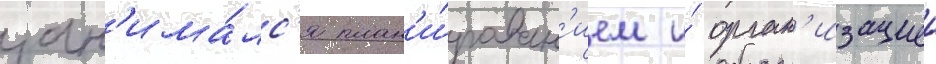
зан'има́лс'я план'и́рован'ием и́ орган'изациеи